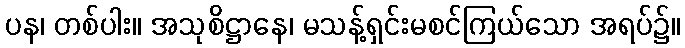
ပန၊ တစ်ပါး။ အသုစိဋ္ဌာနေ၊ မသန့်ရှင်းမစင်ကြယ်သော အရပ်၌။